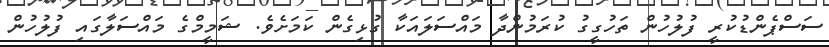
ސަސްޕެންޑުކުރީ ފުލުހުން ތަހުގީގު ކުރަމުންދާ މައްސަލައަކާ ގުޅިގެން ކަމަށެވެ. ޝަމީމްގެ މައްސަލާގައި ފުލުހުން